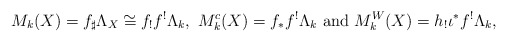
\begin{align*} M_k(X) = f_\sharp \Lambda_X \cong f_! f^! \Lambda_k, \ M^c_k(X) = f_* f^! \Lambda_k \ \mbox{and} \ M^W_k(X) = h_! \iota^* f^! \Lambda_k,\end{align*}